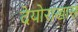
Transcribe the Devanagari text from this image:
देयोराखास